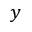
y